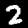
Digit: 2